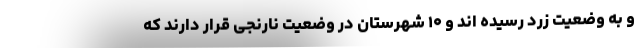
و به وضعیت زرد رسیده اند و ۱۰ شهرستان در وضعیت نارنجی قرار دارند که